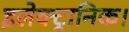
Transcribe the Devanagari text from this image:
इलेक्ट्रानिक।